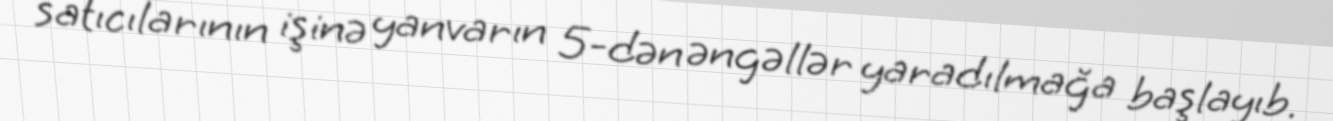
satıcılarının işinə yanvarın 5-dən əngəllər yaradılmağa başlayıb.